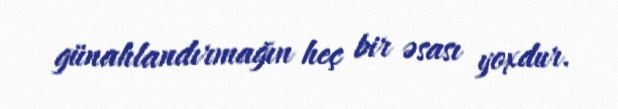
günahlandırmağın heç bir əsası yoxdur.